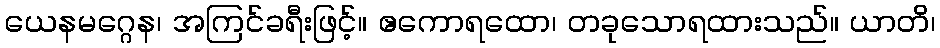
ယေနမဂ္ဂေန၊ အကြင်ခရီးဖြင့်။ ဧကောရထော၊ တခုသောရထားသည်။ ယာတိ၊